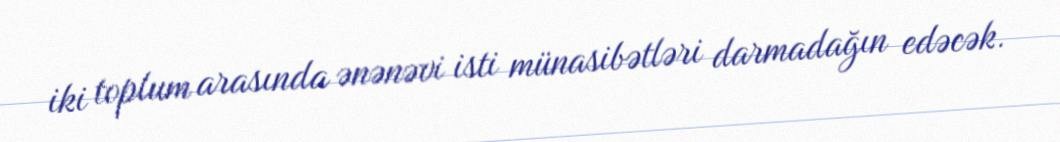
iki toplum arasında ənənəvi isti münasibətləri darmadağın edəcək.